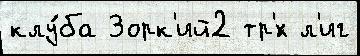
клу́ба Зорк'ий2 тр'́х л'иг